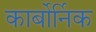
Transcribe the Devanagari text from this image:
कार्बोर्निक